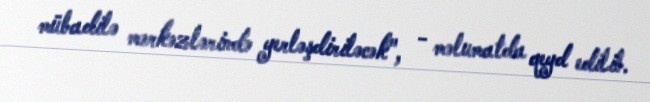
mübadilə mərkəzlərində yerləşdiriləcək", - məlumatda qeyd edilib.